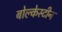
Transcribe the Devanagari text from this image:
बोल्केस्टीन